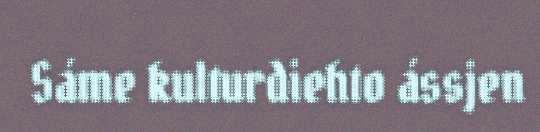
Sáme kulturdiehto ássjen